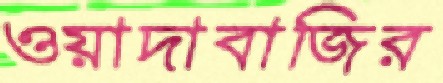
ওয়াদাবাজির